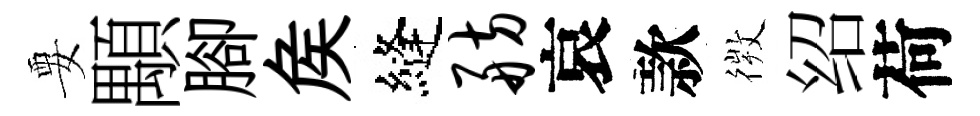
要顒腳矦縫舫哀款𢕄绍荷